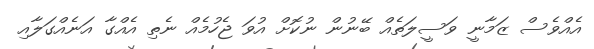
އެއްވެސް ޒަމާނީ ވަސީލަތެއް ބޭނުން ނުކޮށް އުވަ ޖެހުމެއް ނެތި އެއްގާ އަނެއްގަލާއި